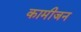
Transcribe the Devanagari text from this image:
कामीजन